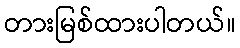
တားမြစ်ထားပါတယ်။